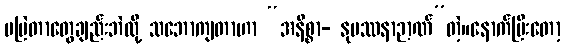
မမြဲတာတွေချည်းဘဲလို့ သဘောကျတာဟာ “အနိစ္စာ- နုပဿနာဉာဏ်”တဲ့။နောက်ပြီးတော့